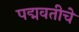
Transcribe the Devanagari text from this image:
पद्मवतीचे